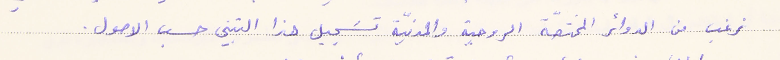
نرغب من الدوائر المختصّة الروحية والمدنيّة تسَجيل هذا التبني حسب الاوصول.